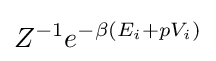
Z^{-1}e^{-\beta (E_{i}+pV_{i})}